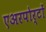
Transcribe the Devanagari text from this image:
एअरपोर्टों